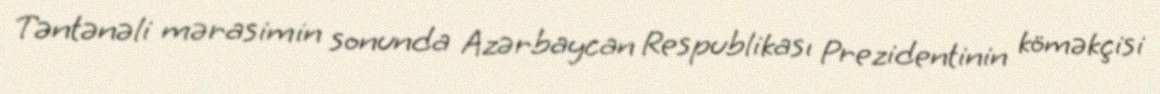
Təntənəli mərasimin sonunda Azərbaycan Respublikası Prezidentinin köməkçisi